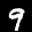
Label: 9